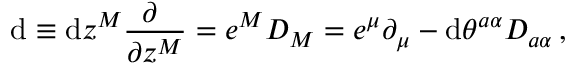
\mathrm { d } \equiv \mathrm { d } z ^ { M } \frac { \partial ~ } { \partial z ^ { M } } = e ^ { M } D _ { M } = e ^ { \mu } \partial _ { \mu } - \mathrm { d } \theta ^ { a \alpha } D _ { a \alpha } \, ,